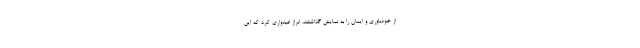
از خودباوری و ایمان را به نمایش گذاشتند، ابراز امیدواری کرد که این